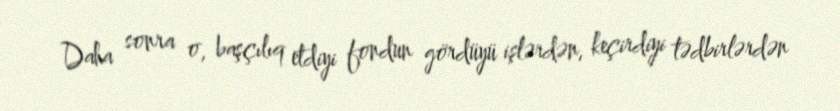
Daha sonra o, başçılıq etdiyi fondun gördüyü işlərdən, keçirdiyi tədbirlərdən